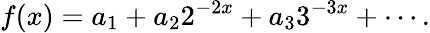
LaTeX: f(x)=a_{1}+a_{2}2^{-2x}+a_{3}3^{-3x}+\cdots.